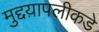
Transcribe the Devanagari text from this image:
मुद्दय़ापलीकडे